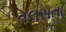
તલસતા